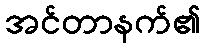
အင်တာနက်၏